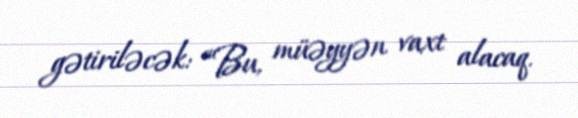
gətiriləcək: “Bu, müəyyən vaxt alacaq.